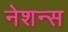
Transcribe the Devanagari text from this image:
नेशन्‍स